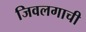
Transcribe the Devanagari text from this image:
जिवलगाची